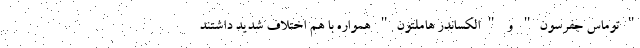
"توماس جفرسون" و "الکساندر هاملتون" همواره با هم اختلاف شدید داشتند